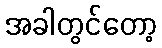
အခါတွင်တော့